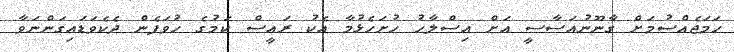
ހަމަޖެއްސުމަށް ގާނޫނުއަސާސީ އަށް އިސްލާހު ހުށަހެޅުމާ އެކު ރައީސް ކަމުގެ ހުވަފެން ދެކެވަޑައިގަންނަވާ